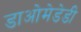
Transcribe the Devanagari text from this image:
डाओमेडेडी